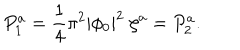
LaTeX: P _ { 1 } ^ { a } = { \frac { 1 } { 4 } } \pi ^ { 2 } | \phi _ { 0 } | ^ { 2 } \; \zeta ^ { a } = P _ { 2 } ^ { a } .